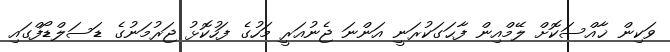
ވަކިން ޚާއްސަކޮށް ލޭމްއިން ފާޙަގަކުރަނީ އަންނަ ޖެނުއަރީ މަހުގެ ފަހުކޮޅު ޖަރުމަނުގެ ޑަސަލްޑޯފްގައި